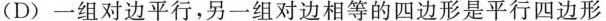
(D)一组对边平行，另一组对边相等的四边形是平行四边形